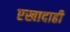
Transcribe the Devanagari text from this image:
एखादाही